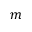
m